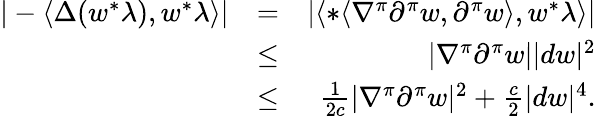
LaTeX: \begin{array}{rlr}{|-\langle\Delta(w^{*}\lambda),w^{*}\lambda\rangle|}&{=}&{|\langle*\langle\nabla^{\pi}\partial^{\pi}w,\partial^{\pi}w\rangle,w^{*}\lambda\rangle|}\\ &{\leq}&{|\nabla^{\pi}\partial^{\pi}w||dw|^{2}}\\ &{\leq}&{\frac{1}{2c}|\nabla^{\pi}\partial^{\pi}w|^{2}+\frac{c}{2}|dw|^{4}.}\end{array}